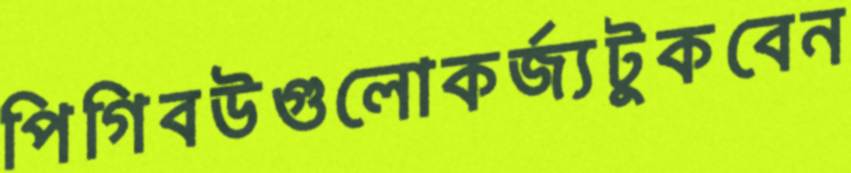
পিগিবউগুলোকর্জ্যটুকবেন